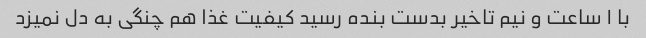
با ۱ ساعت و نیم تاخیر بدست بنده رسید کیفیت غذا هم چنگی به دل نمیزد